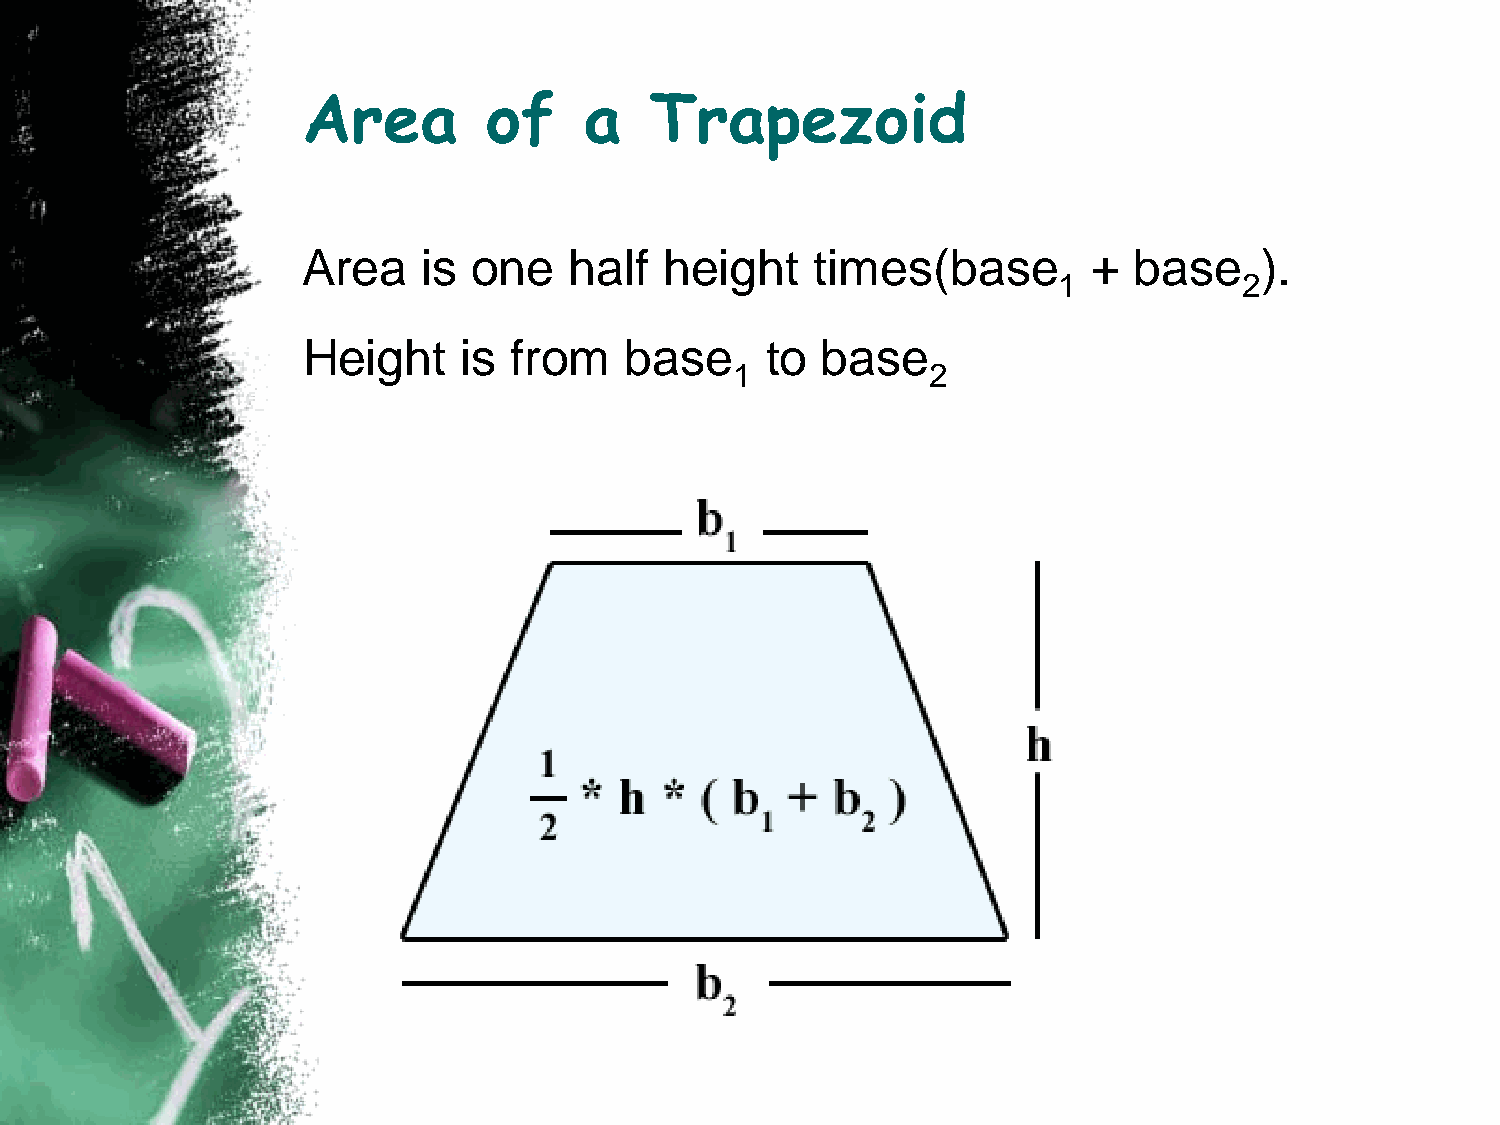
Area        of     a   Trapezoid
 Area    is one    half  height    times(base        +  base    ).
 1           2
 Height     is from   base      to base
 1            2